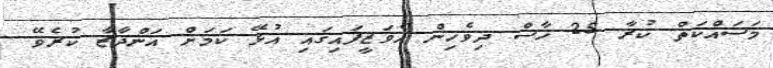
މަސައްކަތް ކުރާ 25 ހާސް ދިވެހިން އެވަޒީފައިގައި އުޅޭ ކަމަށް އަންދާޒާ ކުރެވޭ